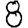
Digit: 8